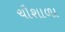
ચૌશાળા